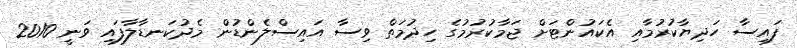
ފައިސާ ހަދިޔާކުރުމާއި އެކައުންޓަށް ޖަމާކުރުމުގެ ހިދުމަތް ވިސާ އައިސްލެންޑުން މެދުކަނޑާލާފައި ވަނީ 2010